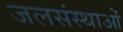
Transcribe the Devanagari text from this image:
जलसंस्थाओं